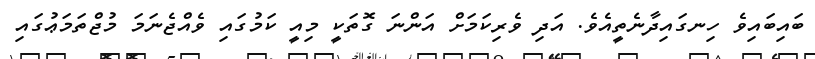
ބައިބައިވެ ހިނގައިދާނެތީއެވެ. އަދި ވެރިކަމަށް އަންނަ ގޮތަކީ މިއީ ކަމުގައި ވެއްޖެނަމަ މުޖްތަމަޢުގައި